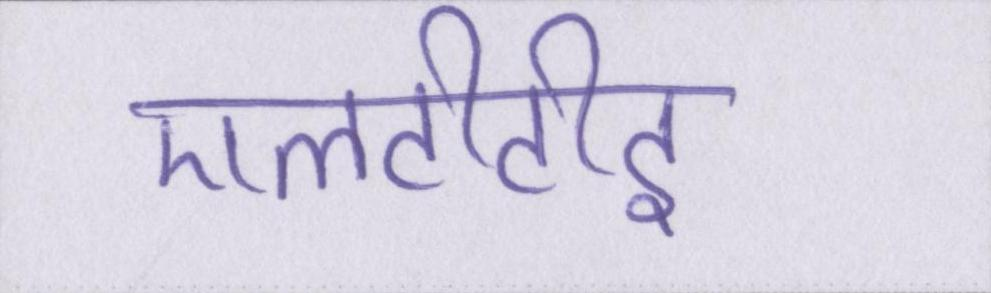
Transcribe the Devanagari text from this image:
एलटीटीइ